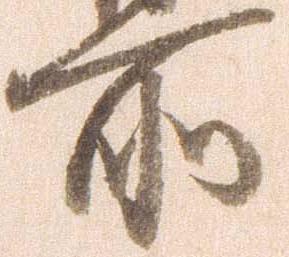
所